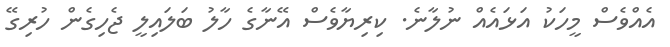
އެއްވެސް މީހަކު އަޅައެއް ނުލާނެ. ކިރިޔާވެސް އޭނާގެ ހާލު ބަލައިލީ ޖެހިގެން ހުރިގޭ